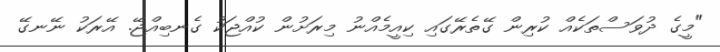
"މީގެ ދުވަސްތަކެއް ކުރިން ގޭތެރޭގައި ކިއީމެއްނު މިރަށުން ކުއްޖަކު ގެނބިއްޖޭ. އޭރަކު ނޭނގޭ